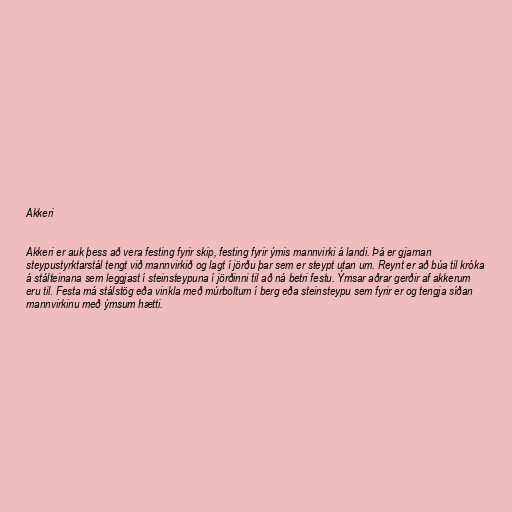
Akkeri

Akkeri er auk þess að vera festing fyrir skip, festing fyrir ýmis mannvirki á landi. Þá er gjarnan
steypustyrktarstál tengt við mannvirkið og lagt í jörðu þar sem er steypt utan um. Reynt er að búa til króka
á stálteinana sem leggjast í steinsteypuna í jörðinni til að ná betri festu. Ýmsar aðrar gerðir af akkerum
eru til. Festa má stálstög eða vinkla með múrboltum í berg eða steinsteypu sem fyrir er og tengja síðan
mannvirkinu með ýmsum hætti.